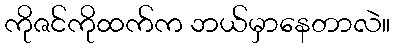
ကိုဇင်ကိုထက်က ဘယ်မှာနေတာလဲ။